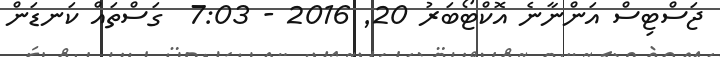
ޖަސްޓިސް އަންނާނެ އޮކްޓޯބަރު 20